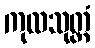
ကုလသုတ္တံ